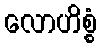
လောဟိစ္စံ